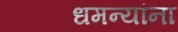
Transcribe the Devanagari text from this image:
धमन्यांना